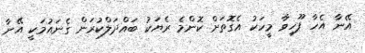
އޭނާ އެހާ ފޫހިވާ މީހަކު އެގޮތަށް ކޮންމެ ރެޔަކު ބައްދަލްކުރަން ގެނައުމަކީ އޭނާ